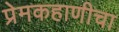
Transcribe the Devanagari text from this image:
प्रेमकहाणीचा